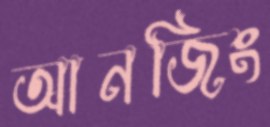
আনজিং